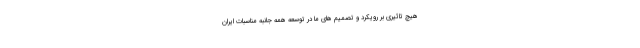
هیچ تاثیری بر رویکرد و تصمیم های ما در توسعه همه جانبه مناسبات ایران